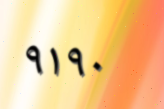
٩١٩٠